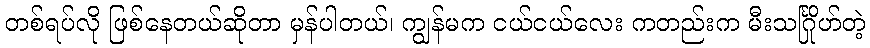
တစ်ရပ်လို ဖြစ်နေတယ်ဆိုတာ မှန်ပါတယ်၊ ကျွန်မက ငယ်ငယ်လေး ကတည်းက မီးသင်္ဂြိုဟ်တဲ့